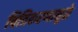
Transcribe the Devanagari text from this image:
चित्रिकरणामुळे